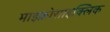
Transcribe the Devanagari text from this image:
माइक्रोसाइक्लिक